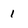
Character: 1